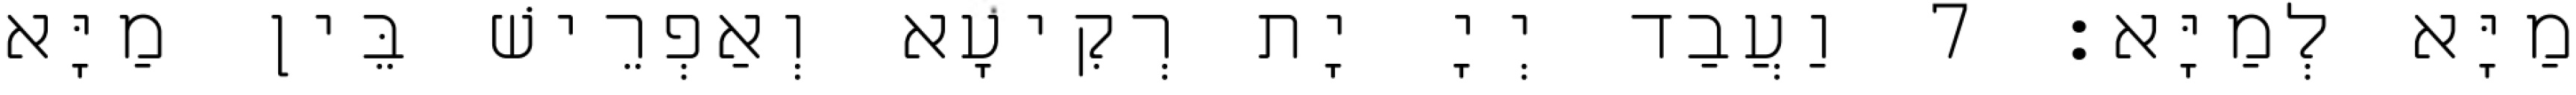
מַיָּא לְמַיָּא׃ 7 וַעֲבַד יְיָ יָת רְקִיעָא וְאַפְרֵישׁ בֵּין מַיָּא